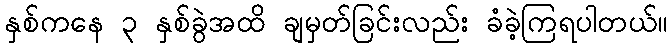
နှစ်ကနေ ၃ နှစ်ခွဲအထိ ချမှတ်ခြင်းလည်း ခံခဲ့ကြရပါတယ်။